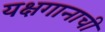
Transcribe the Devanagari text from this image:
यक्षगानाची